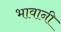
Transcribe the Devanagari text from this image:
भावानी